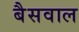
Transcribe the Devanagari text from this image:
बैसवाल